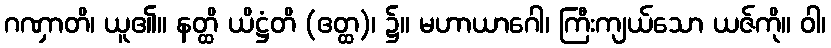
ဂဏှာတိ၊ ယူ၏။ နတ္ထိ ယိဋ္ဌံတိ (ဧတ္ထ)၊ ၌။ မဟာယာဂေါ၊ ကြီးကျယ်သော ယဇ်ကို။ ဝါ၊